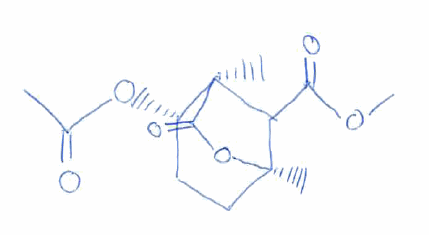
Simplified molecular-input line-entry system (SMILES) notation of the given molecule:
CC(=O)O[C@H]1CC[C@@]2(C([C@]1(C(=O)O2)C)C(=O)OC)C